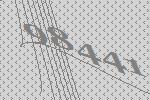
98441